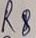
Text: R8